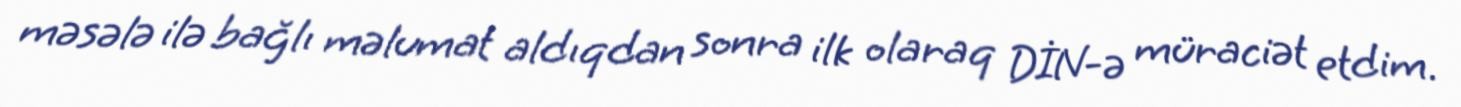
məsələ ilə bağlı məlumat aldıqdan sonra ilk olaraq DİN-ə müraciət etdim.